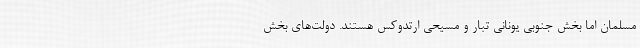
مسلمان اما بخش جنوبی یونانی تبار و مسیحی ارتدوکس هستند. دولت‌های بخش